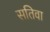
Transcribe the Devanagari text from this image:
सतिवा